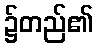
၌တည်၏